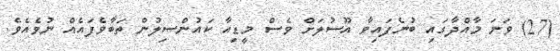
(27) ވަނަ މާއްދާގައި ބުނެފައިވާ އޫސުލަށް ވެސް މީޑިއާ ކައުންސިލުން ތަބާވެފައެއް ނުވެއެވެ.